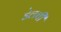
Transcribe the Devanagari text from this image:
डेलची